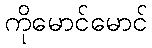
ကိုမောင်မောင်